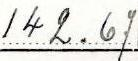
142.67